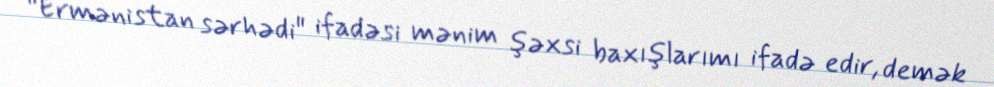
”Ermənistan sərhədi" ifadəsi mənim şəxsi baxışlarımı ifadə edir, demək